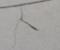
Signature authenticity: forged